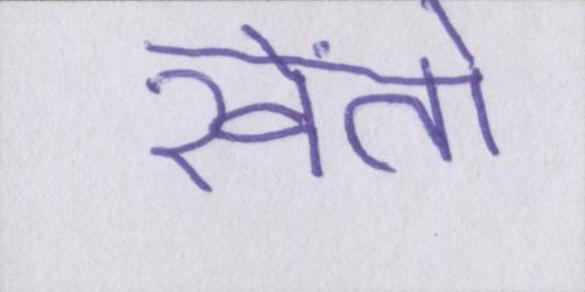
खेंतो